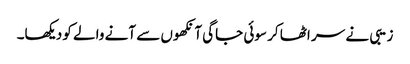
زیبی نے سر اٹھا کر سوئی جاگی آنکھوں سے آنے والے کو دیکھا۔